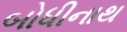
બોધીનાથ